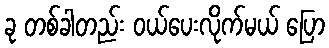
ခု တစ်ခါတည်း ဝယ်ပေးလိုက်မယ် ပြော